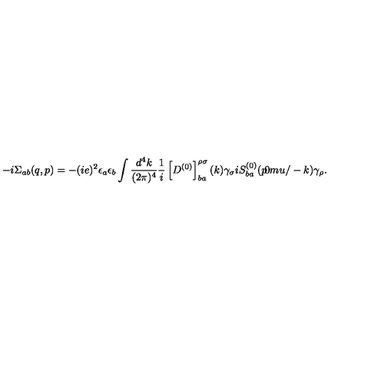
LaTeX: - i \Sigma _ { a b } ( q , p ) = - ( i e ) ^ { 2 } \epsilon _ { a } \epsilon _ { b } \int { \frac { d ^ { 4 } k } { ( 2 \pi ) ^ { 4 } } } { \frac { 1 } { i } } \left[ D ^ { ( 0 ) } \right] _ { b a } ^ { \rho \sigma } ( k ) \gamma _ { \sigma } i S _ { b a } ^ { ( 0 ) } ( { p } { \mkern - 9 . 0 m u / } - k ) \gamma _ { \rho } .